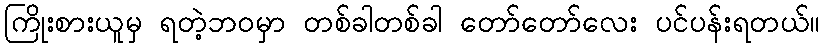
ကြိုးစားယူမှ ရတဲ့ဘ၀မှာ တစ်ခါတစ်ခါ တော်တော်လေး ပင်ပန်းရတယ်။